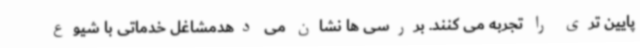
پایین تری را تجربه می کنند. بررسی ها نشان می دهدمشاغل خدماتی با شیوع